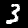
Digit: 3